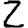
Digit: 2